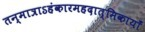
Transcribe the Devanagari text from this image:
तन्मात्राऽहंकारमहदात्मिकायाँ